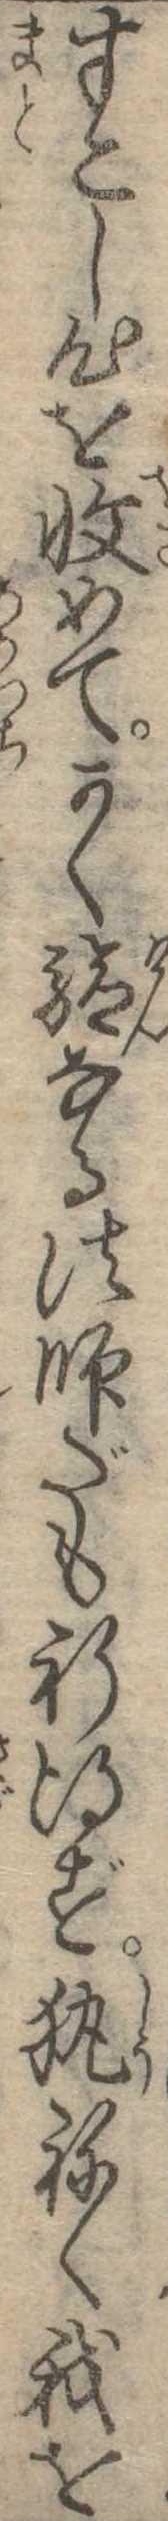
すこし心を収めてかく験なる法師だも祈得ずねく我を